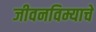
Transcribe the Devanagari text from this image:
जीवनविम्याचे